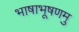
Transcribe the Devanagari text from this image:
भाषाभूषणमु